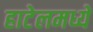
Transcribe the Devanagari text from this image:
हाटेलमध्ये